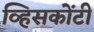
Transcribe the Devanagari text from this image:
व्हिसकोंटी